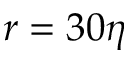
r = 3 0 \eta